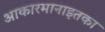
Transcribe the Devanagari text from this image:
आकारमानाइतका